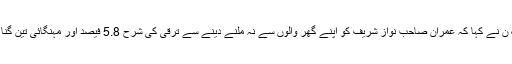
ترجمان مسلم لیگ ن نے کہا کہ عمران صاحب نواز شریف کو اپنے گھر والوں سے نہ ملنے دینے سے ترقی کی شرح 5.8 فیصد اور مہنگائی تین گُنا کم نہیں ہو سکتی۔